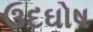
ઉદઘોષ